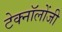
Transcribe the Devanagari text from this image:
टेक्नॉलोंजी